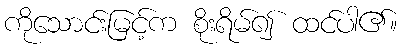
ကိုသောင်းမြင့်က စိုးရိမ်၍ ထင်ပါ၏။